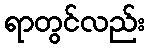
ရာတွင်လည်း